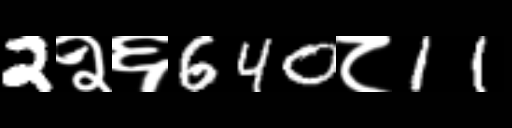
Text: 2२६640८11